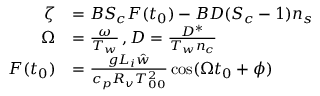
\begin{array} { r l } { \zeta } & { = B S _ { c } F ( t _ { 0 } ) - B D ( S _ { c } - 1 ) n _ { s } } \\ { \Omega } & { = \frac { \omega } { T _ { w } } \, , D = \frac { D ^ { * } } { T _ { w } n _ { c } } } \\ { F ( t _ { 0 } ) } & { = \frac { g L _ { i } \hat { w } } { c _ { p } R _ { v } T _ { 0 0 } ^ { 2 } } \cos ( \Omega t _ { 0 } + \phi ) } \end{array}